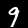
Label: 9